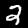
Digit: 2